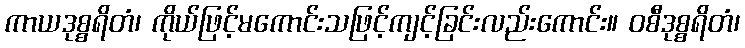
ကာယဒုစ္စရိတံ၊ ကိုယ်ဖြင့်မကောင်းသဖြင့်ကျင့်ခြင်းလည်းကောင်း။ ဝစီဒုစ္စရိတံ၊